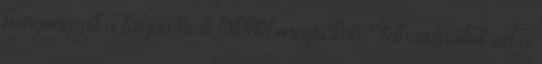
horgonyzott a folyón kerti földdel megrakva. Felhasználtuk ezt a